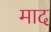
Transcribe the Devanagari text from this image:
माद